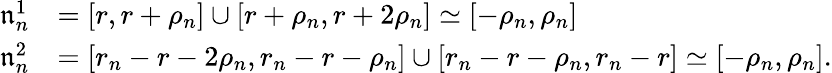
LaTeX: \begin{array}{rl}{\mathfrak{n}_{n}^{1}}&{=[r,r+\rho_{n}]\cup[r+\rho_{n},r+2\rho_{n}]\simeq[-\rho_{n},\rho_{n}]}\\ {\mathfrak{n}_{n}^{2}}&{=[r_{n}-r-2\rho_{n},r_{n}-r-\rho_{n}]\cup[r_{n}-r-\rho_{n},r_{n}-r]\simeq[-\rho_{n},\rho_{n}].}\end{array}